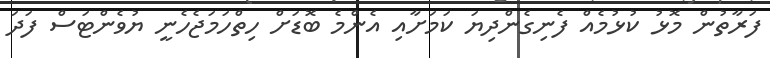
ފަރާތުން މޮޅު ކުޅުމެއް ފެނިގެންދިޔަ ކަމަށާއި އެންމެ ބޮޑަށް ހިތްހަމަޖެހެނީ ޔުވެންޓަސް ފަދަ